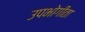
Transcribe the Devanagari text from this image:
उपभोगीता